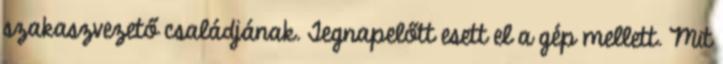
szakaszvezető családjának. Tegnapelőtt esett el a gép mellett. Mit